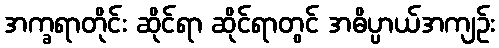
အက္ခရာတိုင်း ဆိုင်ရာ ဆိုင်ရာတွင် အဓိပ္ပာယ်အကျဉ်း